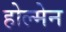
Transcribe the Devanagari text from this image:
होल्मेन